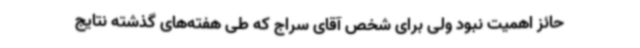
حائز اهمیت نبود ولی برای شخص آقای سراج که طی هفته‌های گذشته نتایج